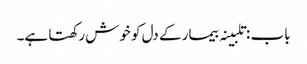
باب : تلبینہ بیمار کے دل کو خوش رکھتا ہے۔